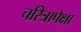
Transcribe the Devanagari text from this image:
चरित्रापेक्षा